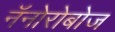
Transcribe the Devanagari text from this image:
नॅनोरोबोज